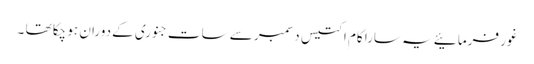
غور فرمائیے یہ سارا کام اکتیس دسمبر سے سات جنوری کے دوران ہو چکا تھا ۔